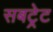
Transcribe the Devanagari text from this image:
सबट्रेट